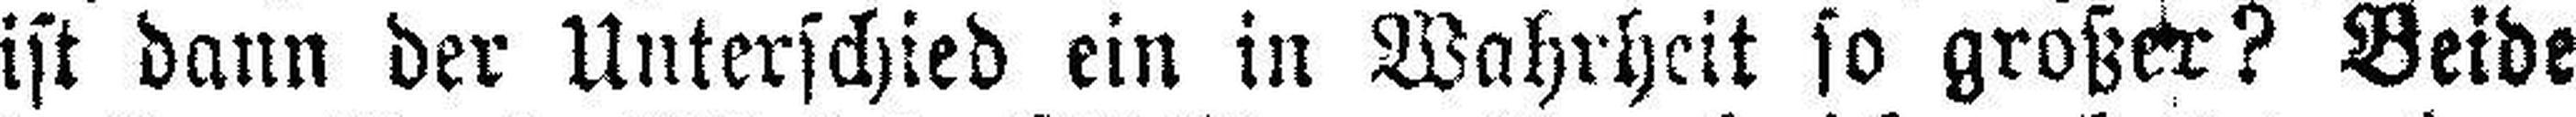
ist dann der Unterschied ein in Wahrheit so großer? Beide